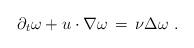
LaTeX: \begin{align*} \partial_t \omega + u\cdot \nabla \omega \,=\, \nu\Delta \omega~.\end{align*}